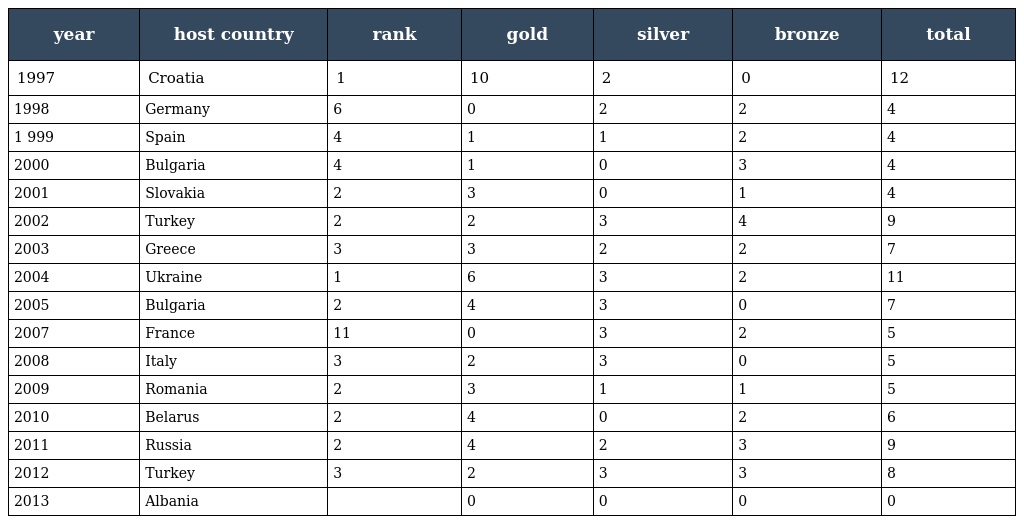
| year | host country | rank | gold | silver | bronze | total |
 | --- | --- | --- | --- | --- | --- | --- |
 | 1997 | Croatia | 1 | 10 | 2 | 0 | 12 |
 | 1998 | Germany | 6 | 0 | 2 | 2 | 4 |
 | 1 999 | Spain | 4 | 1 | 1 | 2 | 4 |
 | 2000 | Bulgaria | 4 | 1 | 0 | 3 | 4 |
 | 2001 | Slovakia | 2 | 3 | 0 | 1 | 4 |
 | 2002 | Turkey | 2 | 2 | 3 | 4 | 9 |
 | 2003 | Greece | 3 | 3 | 2 | 2 | 7 |
 | 2004 | Ukraine | 1 | 6 | 3 | 2 | 11 |
 | 2005 | Bulgaria | 2 | 4 | 3 | 0 | 7 |
 | 2007 | France | 11 | 0 | 3 | 2 | 5 |
 | 2008 | Italy | 3 | 2 | 3 | 0 | 5 |
 | 2009 | Romania | 2 | 3 | 1 | 1 | 5 |
 | 2010 | Belarus | 2 | 4 | 0 | 2 | 6 |
 | 2011 | Russia | 2 | 4 | 2 | 3 | 9 |
 | 2012 | Turkey | 3 | 2 | 3 | 3 | 8 |
 | 2013 | Albania |  | 0 | 0 | 0 | 0 |